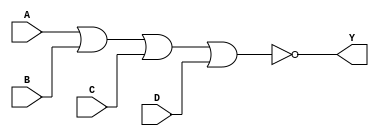
`timescale 1ps/1ps
module cell_nor4
(
    input wire A,
    input wire B,
    input wire C,
    input wire D,
    output wire Y
);
    assign Y = !(A | B | C | D);
endmodule